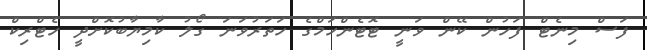
ފަސް މިނެޓް ފަހުން ކޭން ވަނީ ޓޮޓެންހަމްގެ ހަތަރުވަނަ ގޯލު ކާމިޔާބުކޮށްދީ ހެޓްރިކް